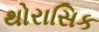
થોરાસિક